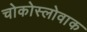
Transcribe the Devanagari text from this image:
चोकोस्लोवाक